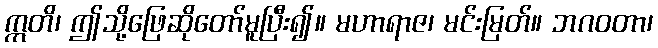
ဣတိ၊ ဤသို့ဖြေဆိုတော်မူပြီး၍။ မဟာရာဇ၊ မင်းမြတ်။ ဘဂဝတာ၊